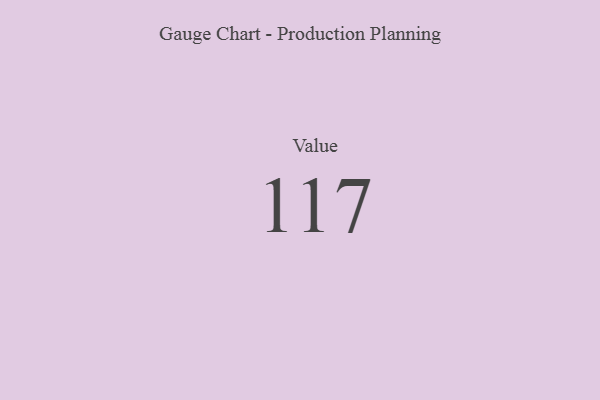
{"axis": {"x": "Metric", "y": "Value"}, "legend": [""], "data": [{"x": "Value", "y": 117, "type": ""}]}